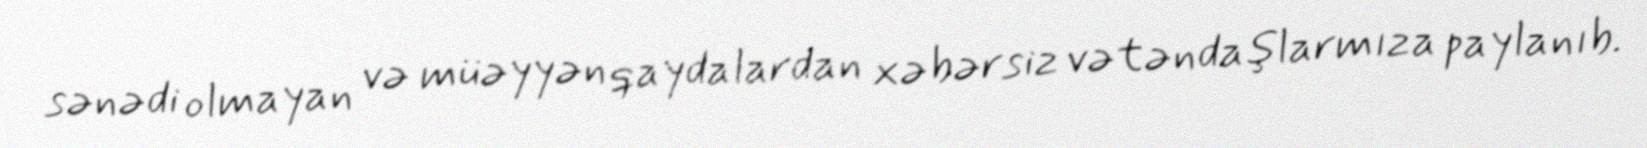
sənədi olmayan və müəyyən qaydalardan xəbərsiz vətəndaşlarmıza paylanıb.